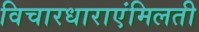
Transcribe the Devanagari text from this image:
विचारधाराएंमिलती